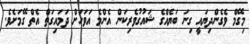
މިގޭމް ވެގެންދިޔައީ ގިނަ ބަޔެއްގެ ޝައުގުވެރިކަން އެންމެ އަވަހަށް ދަމައިގަތް އެތް ގޭމަށެވެ.